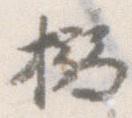
搦